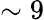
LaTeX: \sim 9